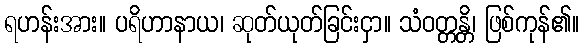
ရဟန်းအား။ ပရိဟာနာယ၊ ဆုတ်ယုတ်ခြင်းငှာ။ သံဝတ္တန္တိ၊ ဖြစ်ကုန်၏။